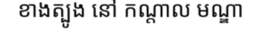
ខាងត្បូង នៅ កណ្តាល មណ្ឌា